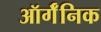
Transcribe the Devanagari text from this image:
ऑर्गॅनिक